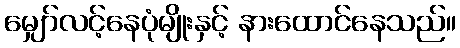
မျှော်လင့်နေပုံမျိုးနှင့် နားထောင်နေသည်။